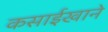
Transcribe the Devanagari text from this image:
कसाईखाने